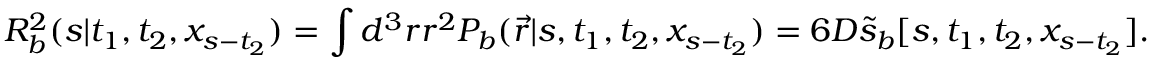
{ \cal R } _ { b } ^ { 2 } ( s | t _ { 1 } , t _ { 2 } , x _ { s - t _ { 2 } } ) = \int d ^ { 3 } r r ^ { 2 } P _ { b } ( \vec { r } | s , t _ { 1 } , t _ { 2 } , x _ { s - t _ { 2 } } ) = 6 D \tilde { s } _ { b } [ s , t _ { 1 } , t _ { 2 } , x _ { s - t _ { 2 } } ] .